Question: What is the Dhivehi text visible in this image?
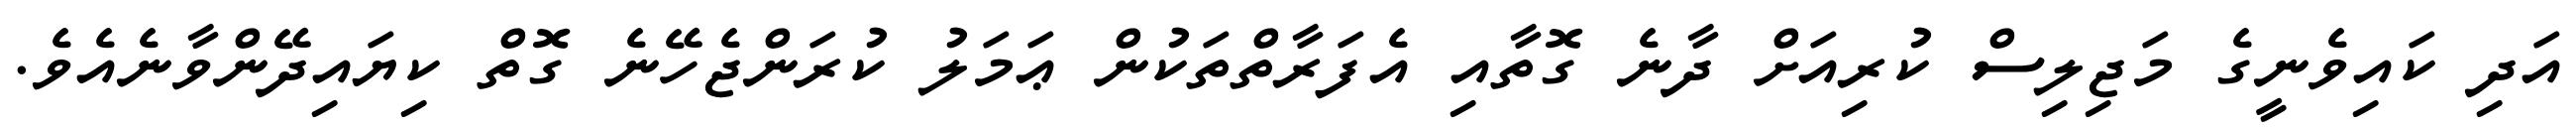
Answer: އަދި ކައިވެނީގެ މަޖިލިސް ކުރިއަށް ދާނެ ގޮތާއި އެފަރާތްތަކުން ޢަމަލު ކުރަންޖެހޭނެ ގޮތް ކިޔައިދޭންވާނެއެވެ.